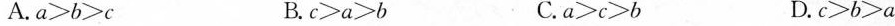
A.a≥b>c B.c≥a≥b C.a>c>l D.c≥b≥a